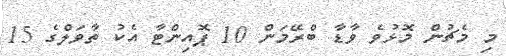
މި މެޗުން މޮޅުވެ ވާޑާ ބްރޭމަން 10 ޕޮއިންޓާ އެކު ތާވަލްގެ 15